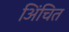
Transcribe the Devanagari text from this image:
अिंचित